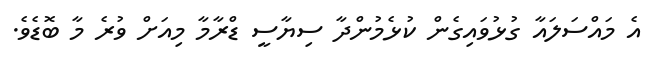
އެ މައްސަލައާ ގުޅުވައިގެން ކުޅެމުންދާ ސިޔާސީ ޑްރާމާ މިއަށް ވުރެ މާ ބޮޑެވެ.